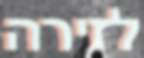
לזירה